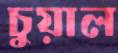
চুয়াল